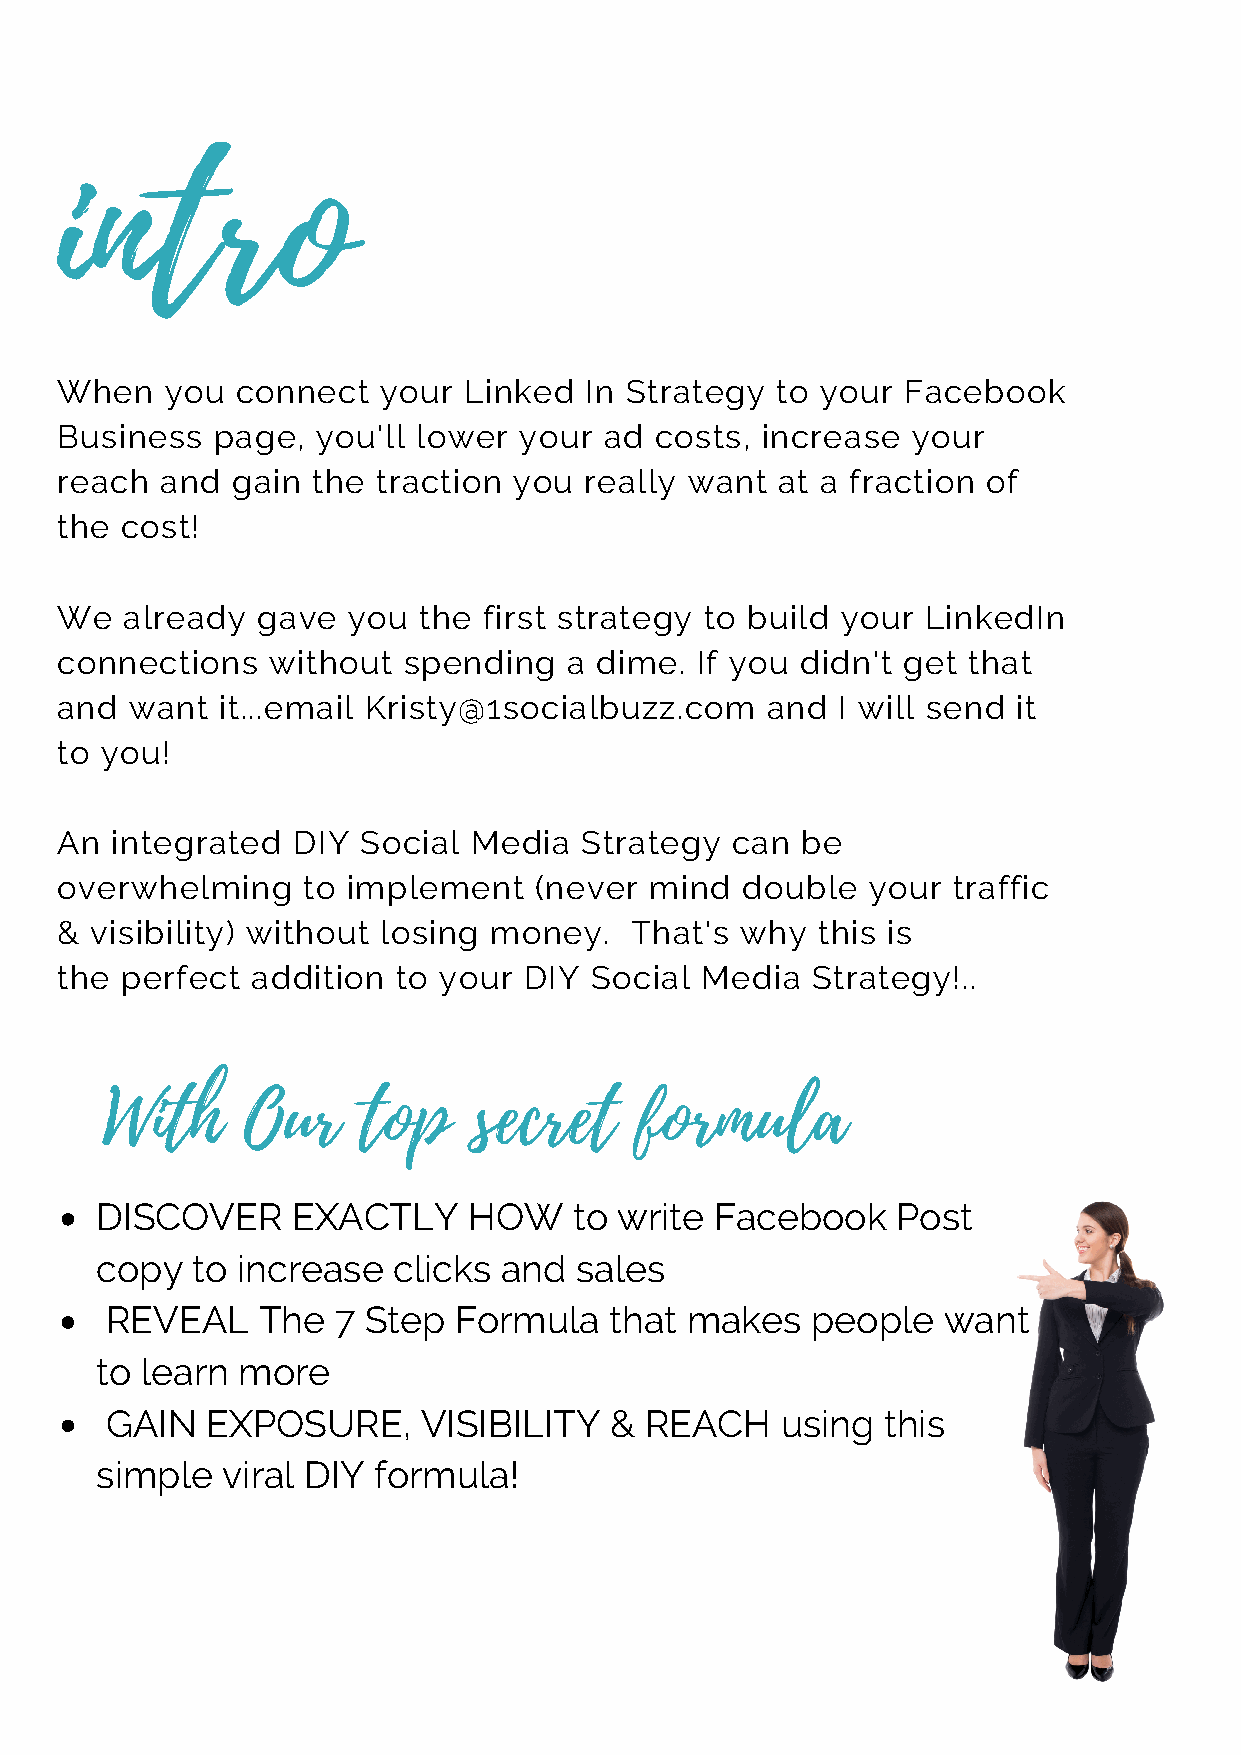
intro
 When   you  connect  your  Linked  In Strategy to your  Facebook
 Business  page,  you'll lower your  ad costs, increase  your
 reach  and gain  the traction you  really want  at a fraction of
 the cost!
 We  already  gave  you  the first strategy to build your LinkedIn
 connections   without  spending   a dime. If you didn't get that
 and  want  it...email Kristy@1socialbuzz.com   and I will send it
 to you!
 An integrated  DIY  Social Media  Strategy  can  be
 overwhelming    to implement   (never  mind  double  your  traffic
 & visibility) without losing money.   That's why  this is
 the perfect  addition to your  DIY Social Media   Strategy!..
 With     Our     top    secret     formula
 DISCOVER     EXACTLY     HOW    to write Facebook    Post
 copy   to increase  clicks and  sales
 REVEAL    The  7 Step  Formula   that makes    people  want
 to learn  more
 GAIN   EXPOSURE,     VISIBILITY  &  REACH    using  this
 simple   viral DIY formula!